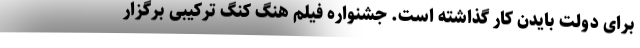
برای دولت بایدن کار گذاشته است. جشنواره فیلم هنگ کنگ ترکیبی برگزار